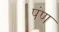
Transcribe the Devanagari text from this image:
पंण